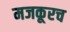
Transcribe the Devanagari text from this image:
मजकूरच